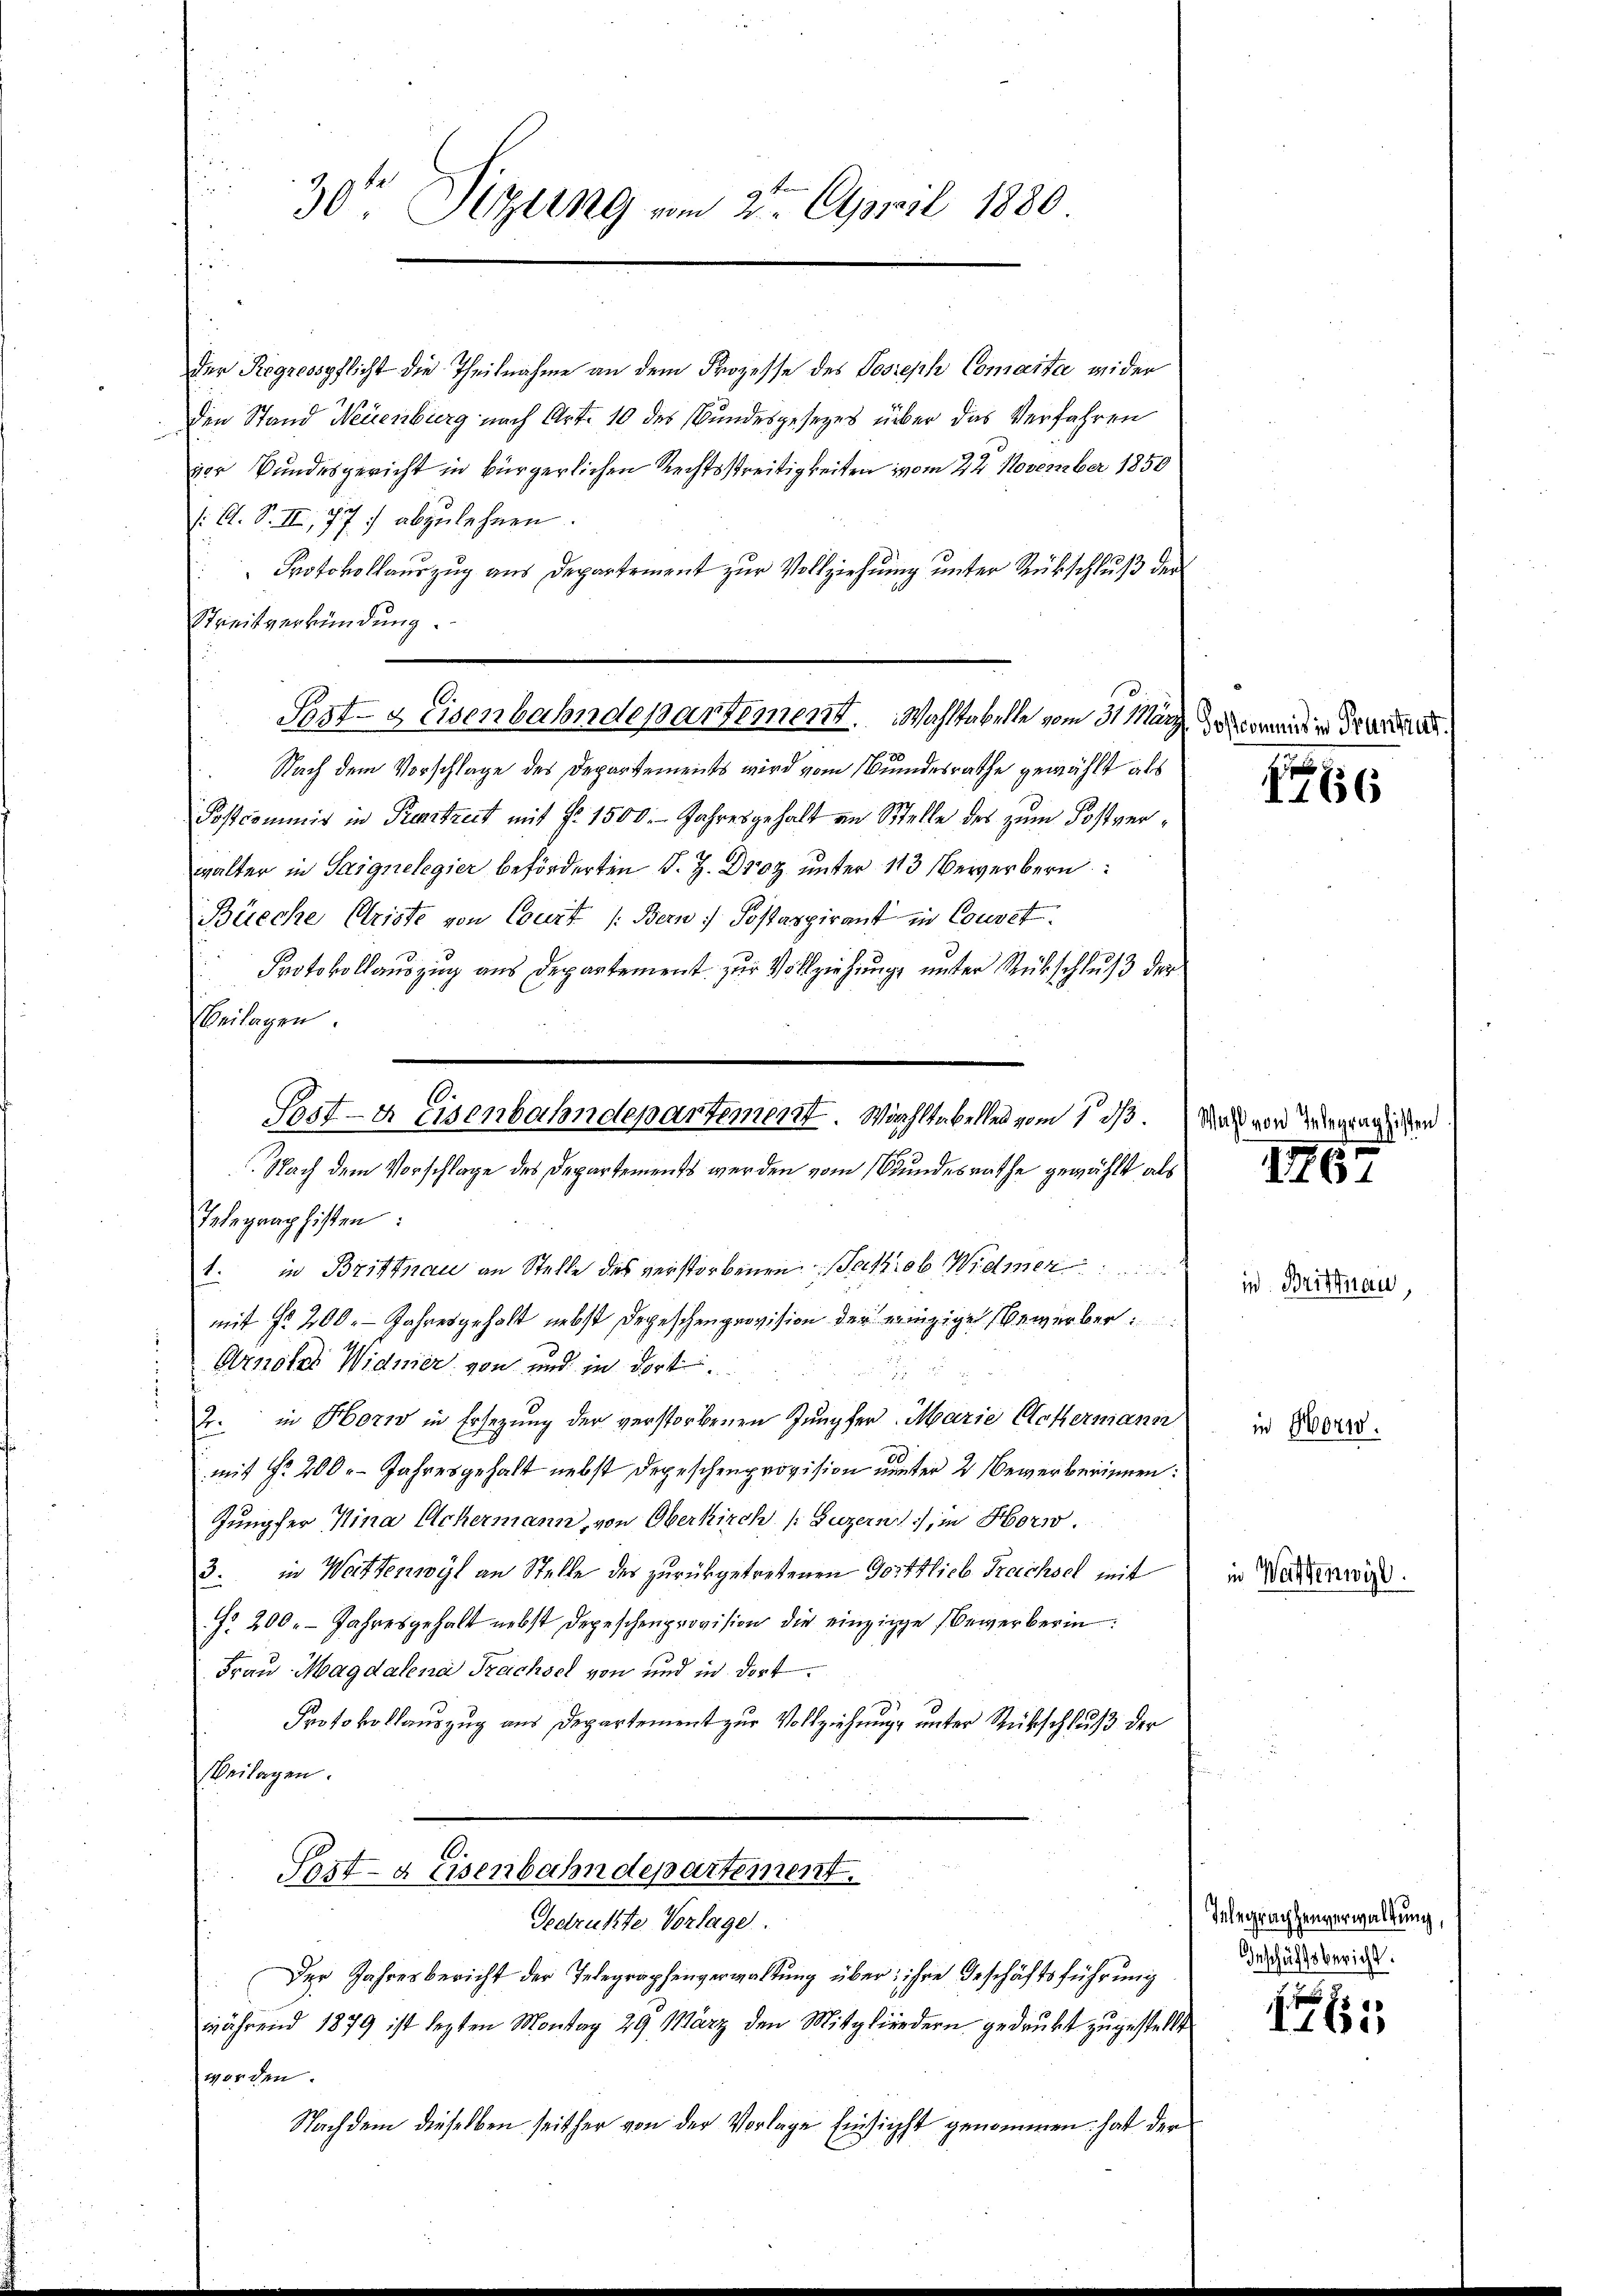
30te Sitzung vom 2ten April 1880

der Regresspflicht die Theilnahme an dem Prozesse des Joseph Comaita wider
den Stand Neuenburg nach Art. 10 des Bundesgesezes über das Verfahren
vor Bundesgericht in bürgerlichen Rechtsstreitigkeiten vom 22. November 1850
 Cl. S. III, 77 f abzulehnen.
Protokollauszug aus Departement zur Vollziehung unter Rückschluß der
Streitverkündung.
Nach dem Vorschlage des Departements wird vom Bundesrathe gewählt, als
Postcommis in Prentreit mit Fr. 1500. Jahresgehalt an Stelle des zŭm Postver-
walter in Saignelegier beförderten J. H. Droz. unter 113 Bewerbern
Büeche Criste von Court (Bern Postaspirant in Coust.
Protokollauszug aus Departement zur Vollziehung unter Rückschluß der
Beilagen.
Telegraphisten:
1. in Brittnau an Stelle des verstorbenen Satzrob Widmer
mit fr. 200. Jahresgeholt nebst Depeschenprovision der einzige Bewerber
Arnolas Widmer von und in dort
2. in Horw in Ersetzung der verstorbenen Jungfer Marie Ackermann
mit Nr. 200. Jahresgehalt nebst Depeschenprovision unter 2 bewerberinnen:
Jungfer Mina Achermann, von Oberkirch /: Luzern, in Horw.
3. in Wettenwyl an Stelle des zurükgetretenen Gottlieb Treichsel mit
No 200. - Jahresgehalt nebst Depeschenprovision die einzige Bewerberin
Frau Magdalena Treichsel von und in dort
Protokollauszug aus Departement zur Vollziehung unter Rückschluß der
Beilagen.
Sost- & Eisenbahndepartement.
Gedrukte Vorlage.
Der Jahresbericht der Telegraphenverwaltung über; ihre Geschäftsführung
während 1879 ist legten Montag 29 März den Mitgliedern gedruckt zugestellt
worden.
Nachdem dieselben seither von der Vorlage Einsicht genommen hat der

10.
Post- asenbahndepartement. Wahltabelle vom 31. März

Sost-a Eisenbahndepartement. Wohltabelles vom 1. d.
Nach dem Vorschlage des Departements werden vom Bundesrathe gewählt als

Wahl vo

Postcommis in Pruntrut

1

Inter

III67

in. Brittnau,

in Wattenwyl.

in Horn.

Ielegraphenverwaltung,
Geschäftsbericht:

15

raphisten